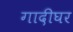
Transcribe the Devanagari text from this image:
गादीघर